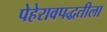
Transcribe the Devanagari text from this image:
पेहेरावपद्धतीला